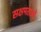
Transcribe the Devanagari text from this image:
सक्षमताओं